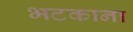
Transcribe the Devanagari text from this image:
भटकाना